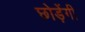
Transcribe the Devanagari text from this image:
छोड़ेंगी